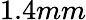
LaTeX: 1.4mm